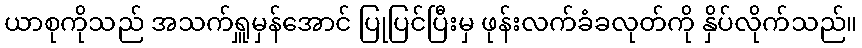
ယာစုကိုသည် အသက်ရှူမှန်အောင် ပြုပြင်ပြီးမှ ဖုန်းလက်ခံခလုတ်ကို နှိပ်လိုက်သည်။